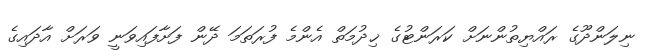
ނިލަންދޫގެ ރައްޔިތުންނަށް ކަރަންޓުގެ ޚިދުމަތް އެންމެ ފުރަތަމަ ދޭން ފަށާފައިވަނީ ވަރަށް އާދައިގެ